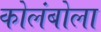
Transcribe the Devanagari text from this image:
कोलंबोला